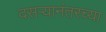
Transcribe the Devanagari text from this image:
दसऱ्यानंतरच्या